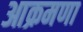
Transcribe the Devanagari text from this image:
आक्रमणा